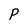
Character: P